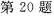
第20题